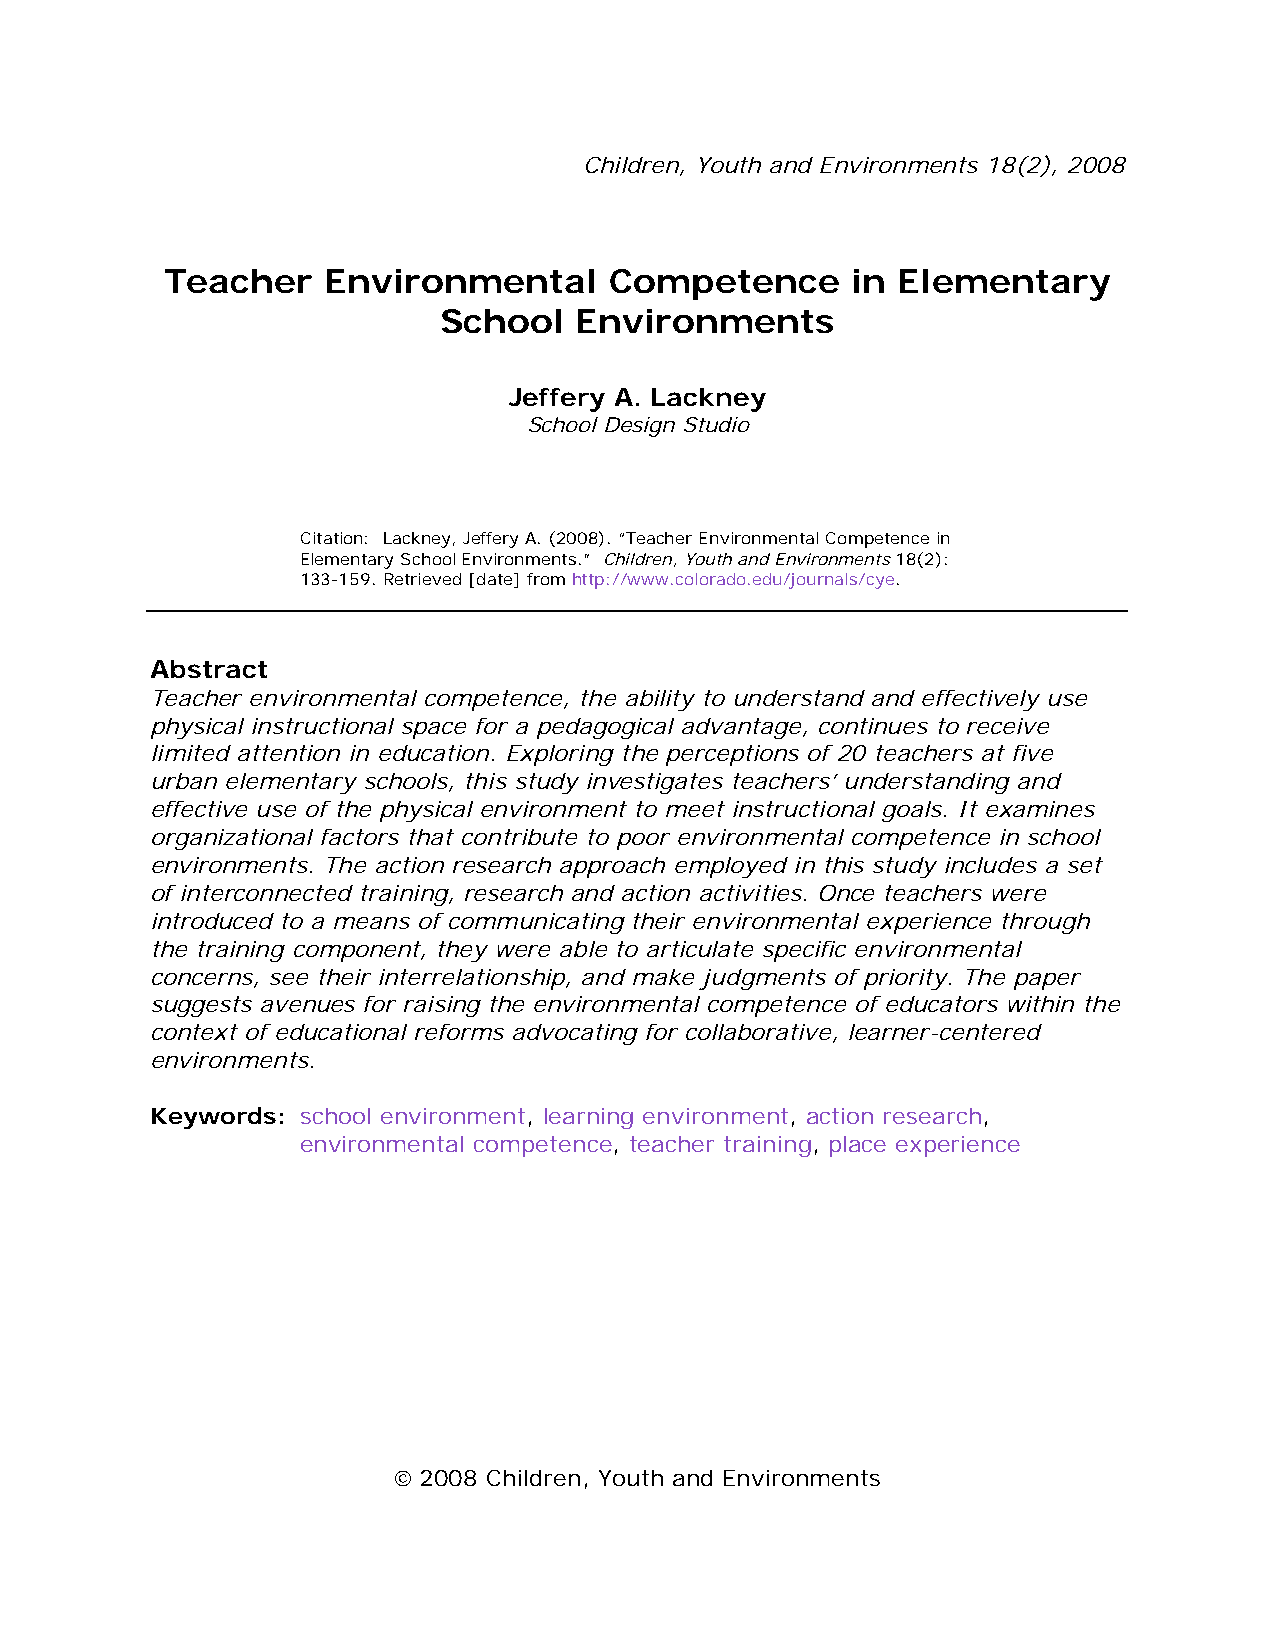
Children, Youth and Environments 18(2), 2008
 Teacher    Environmental     Competence      in Elementary
 School   Environments
 Jeffery A. Lackney
 School Design Studio
 Citation: Lackney, Jeffery A. (2008). “Teacher Environmental Competence in
 Elementary School Environments.” Children, Youth and Environments 18(2):
 133-159. Retrieved [date] from http://www.colorado.edu/journals/cye.
 Abstract
 Teacher environmental competence, the ability to understand and effectively use
 physical instructional space for a pedagogical advantage, continues to receive
 limited attention in education. Exploring the perceptions of 20 teachers at five
 urban elementary schools, this study investigates teachers’ understanding and
 effective use of the physical environment to meet instructional goals. It examines
 organizational factors that contribute to poor environmental competence in school
 environments. The action research approach employed in this study includes a set
 of interconnected training, research and action activities. Once teachers were
 introduced to a means of communicating their environmental experience through
 the training component, they were able to articulate specific environmental
 concerns, see their interrelationship, and make judgments of priority. The paper
 suggests avenues for raising the environmental competence of educators within the
 context of educational reforms advocating for collaborative, learner-centered
 environments.
 Keywords: school environment, learning environment, action research,
 environmental competence, teacher training, place experience
 © 2008 Children, Youth and Environments